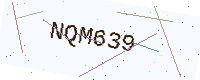
Text: NQM639